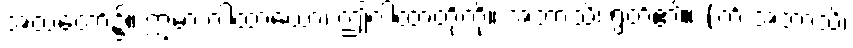
အထံတော်၌။ ဣမာ ဂါထာယော၊ ဤဂါထာတို့ကို။ အဘာသိ၊ ရွတ်၏။ (ကိံ အဘာသိ၊